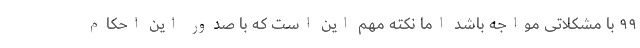
۹۹ با مشکلاتی مواجه باشد اما نکته مهم این است که با صدور این احکام